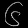
Digit: ၆